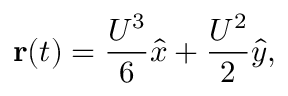
\mathbf { r } ( t ) = \frac { U ^ { 3 } } { 6 } \hat { x } + \frac { U ^ { 2 } } { 2 } \hat { y } ,